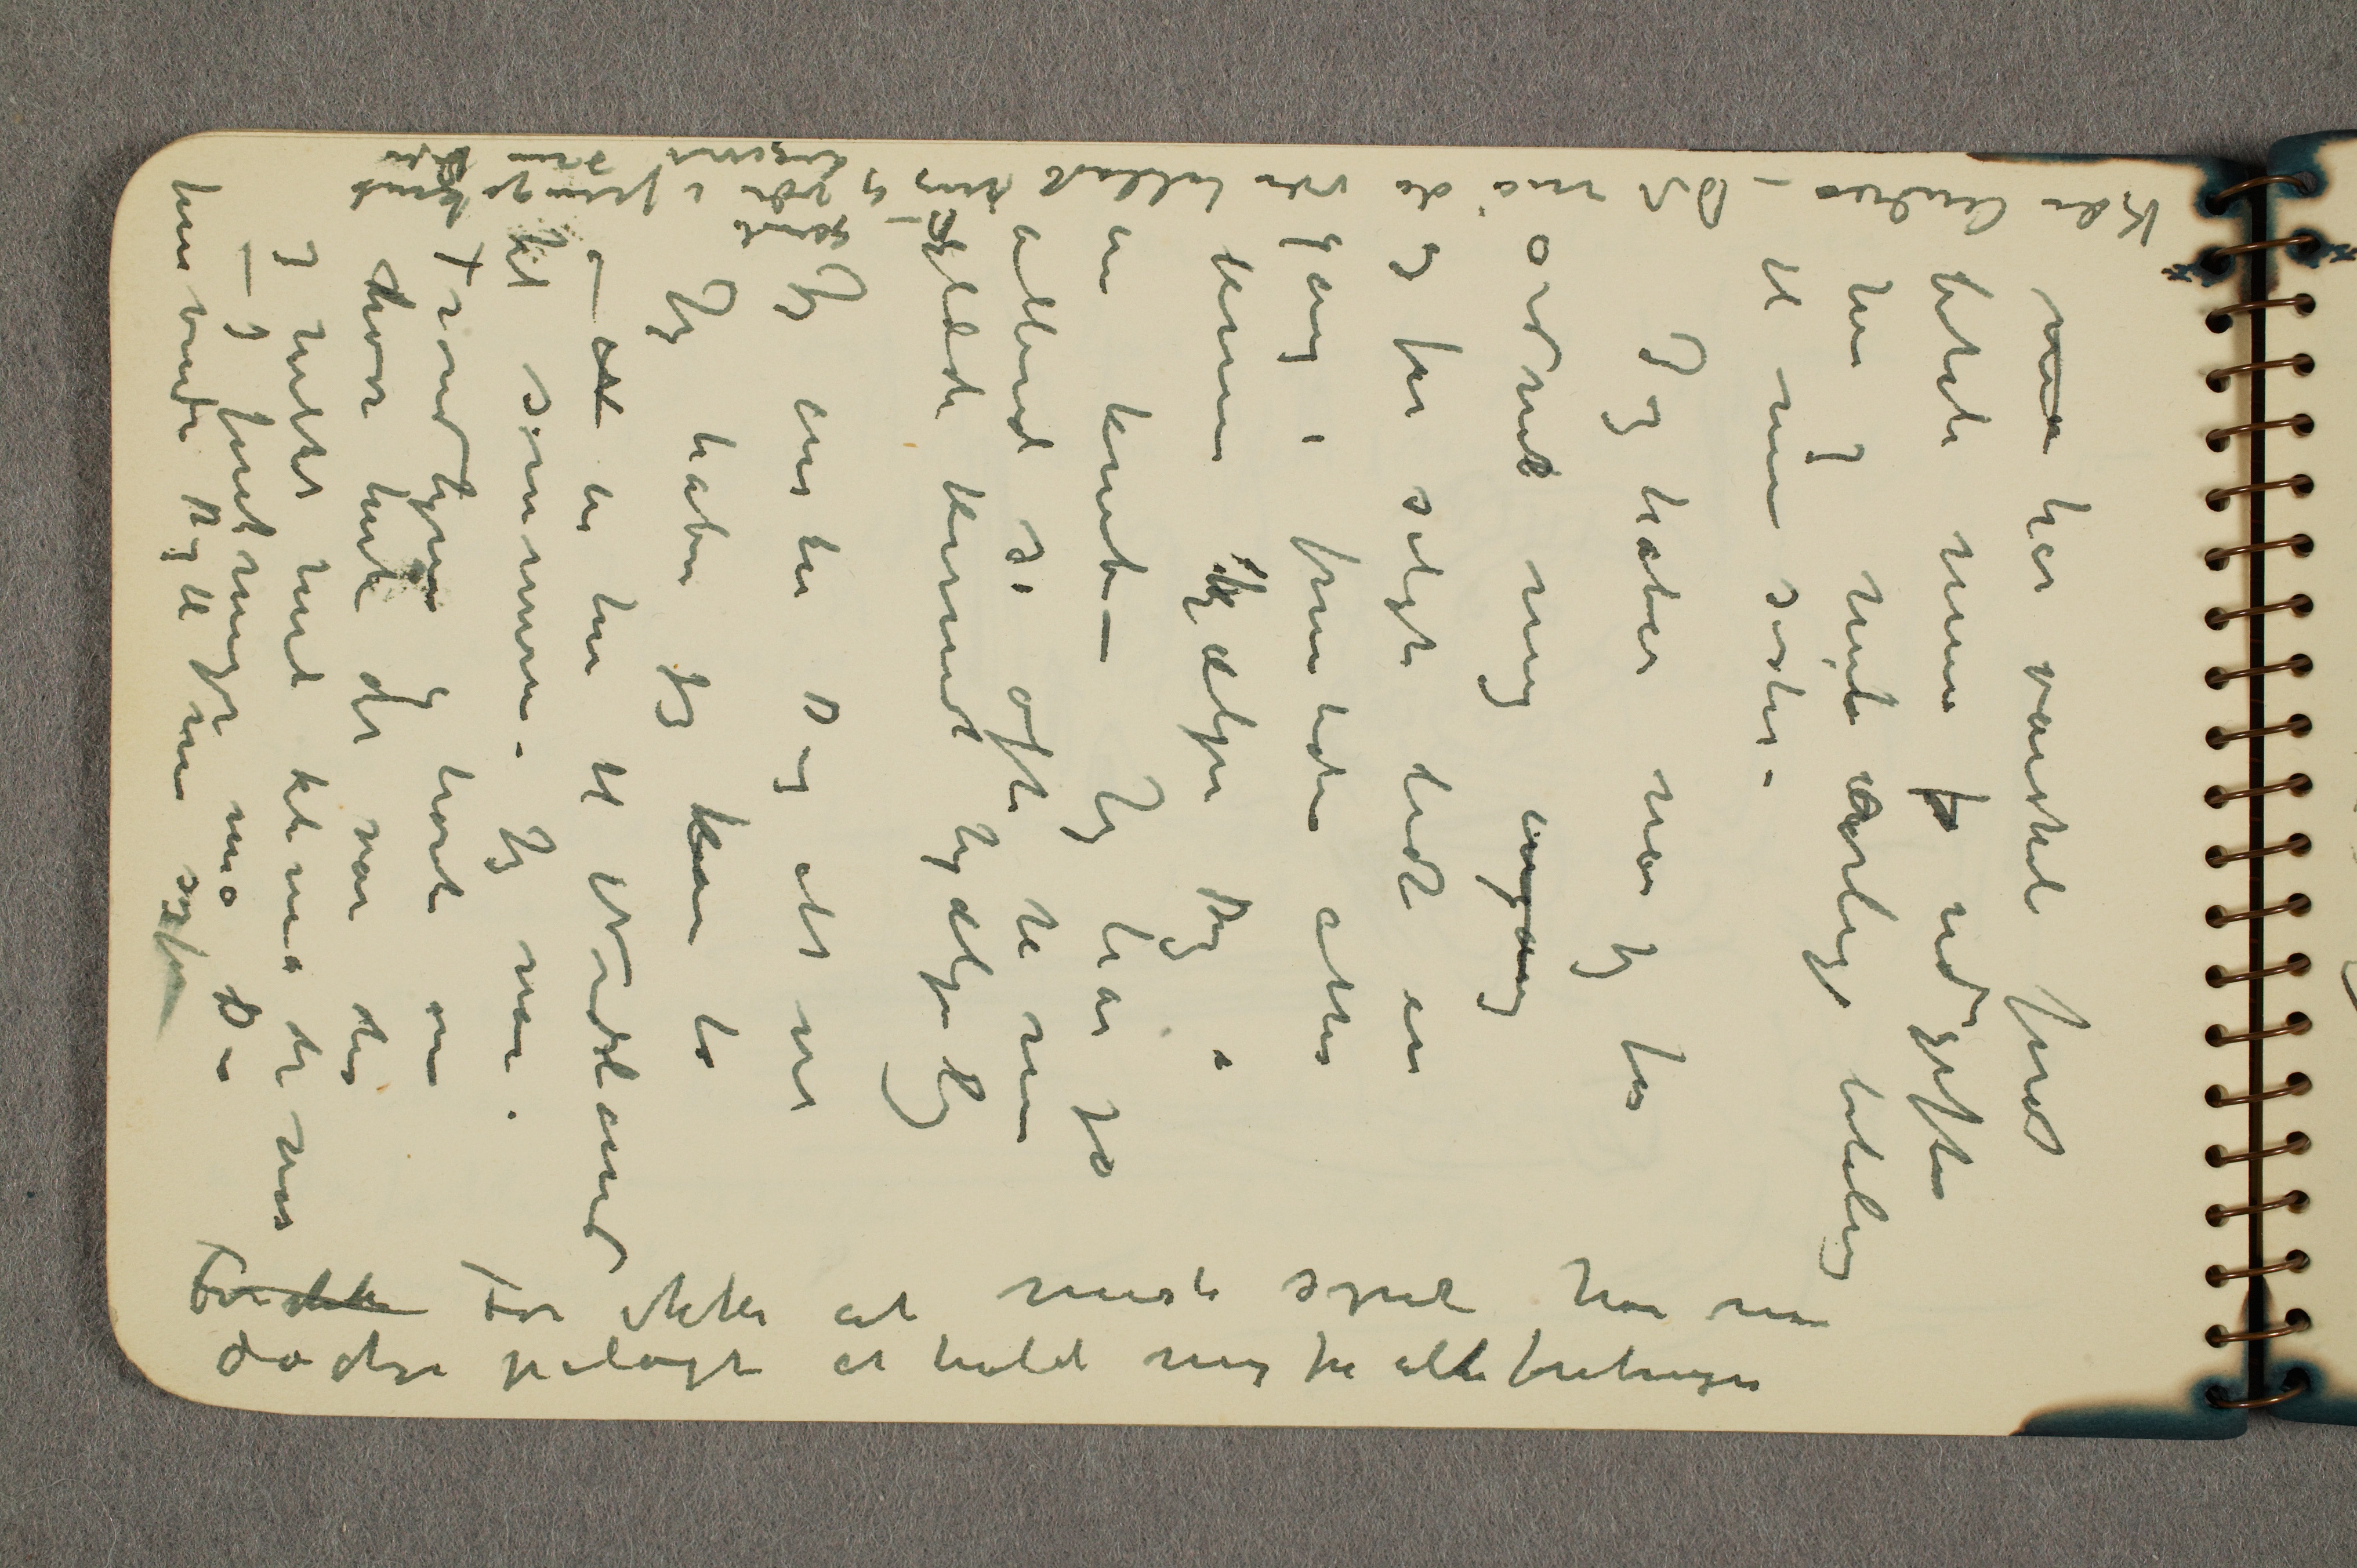
Kjære Andrea – Det må da være tilladt mig Den gamle og være i pengeknibe
ligevel som Du

... har vanskeli forat
betale mine fo udgifter
her og min årlige betaling
til min søster –
Jeg håber når jeg får
ordnet mig engang
og får solgt lidt en
gang i fremtiden atter
kunne hjælpe Dig i
en knibe – Jeg har jo
allerede så ofte til min
glæde kunnet hjælpe Dig
Jeg ønsker Dig alt vel
Jeg håber jeg kan ta
– N en tur til Nordland
til sommeren – Jeg var i
Trondhjem og hørte om
hvor trist det var der
og hvilket trist klima der var
– I foretninger må Du
henvende Dig til en sagfører

For ikke For ikke at miste synet har nu
doctoren pålagt at holde mig fra alle foretninger